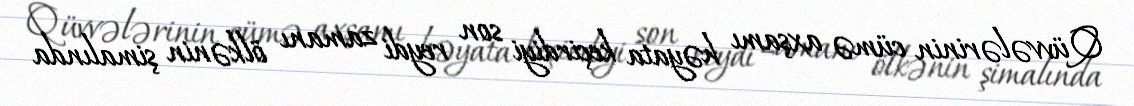
Qüvvələrinin cümə axşamı həyata keçirdiyi son reydi zamanı ölkənin şimalında